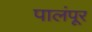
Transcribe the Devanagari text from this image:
पालंपूर